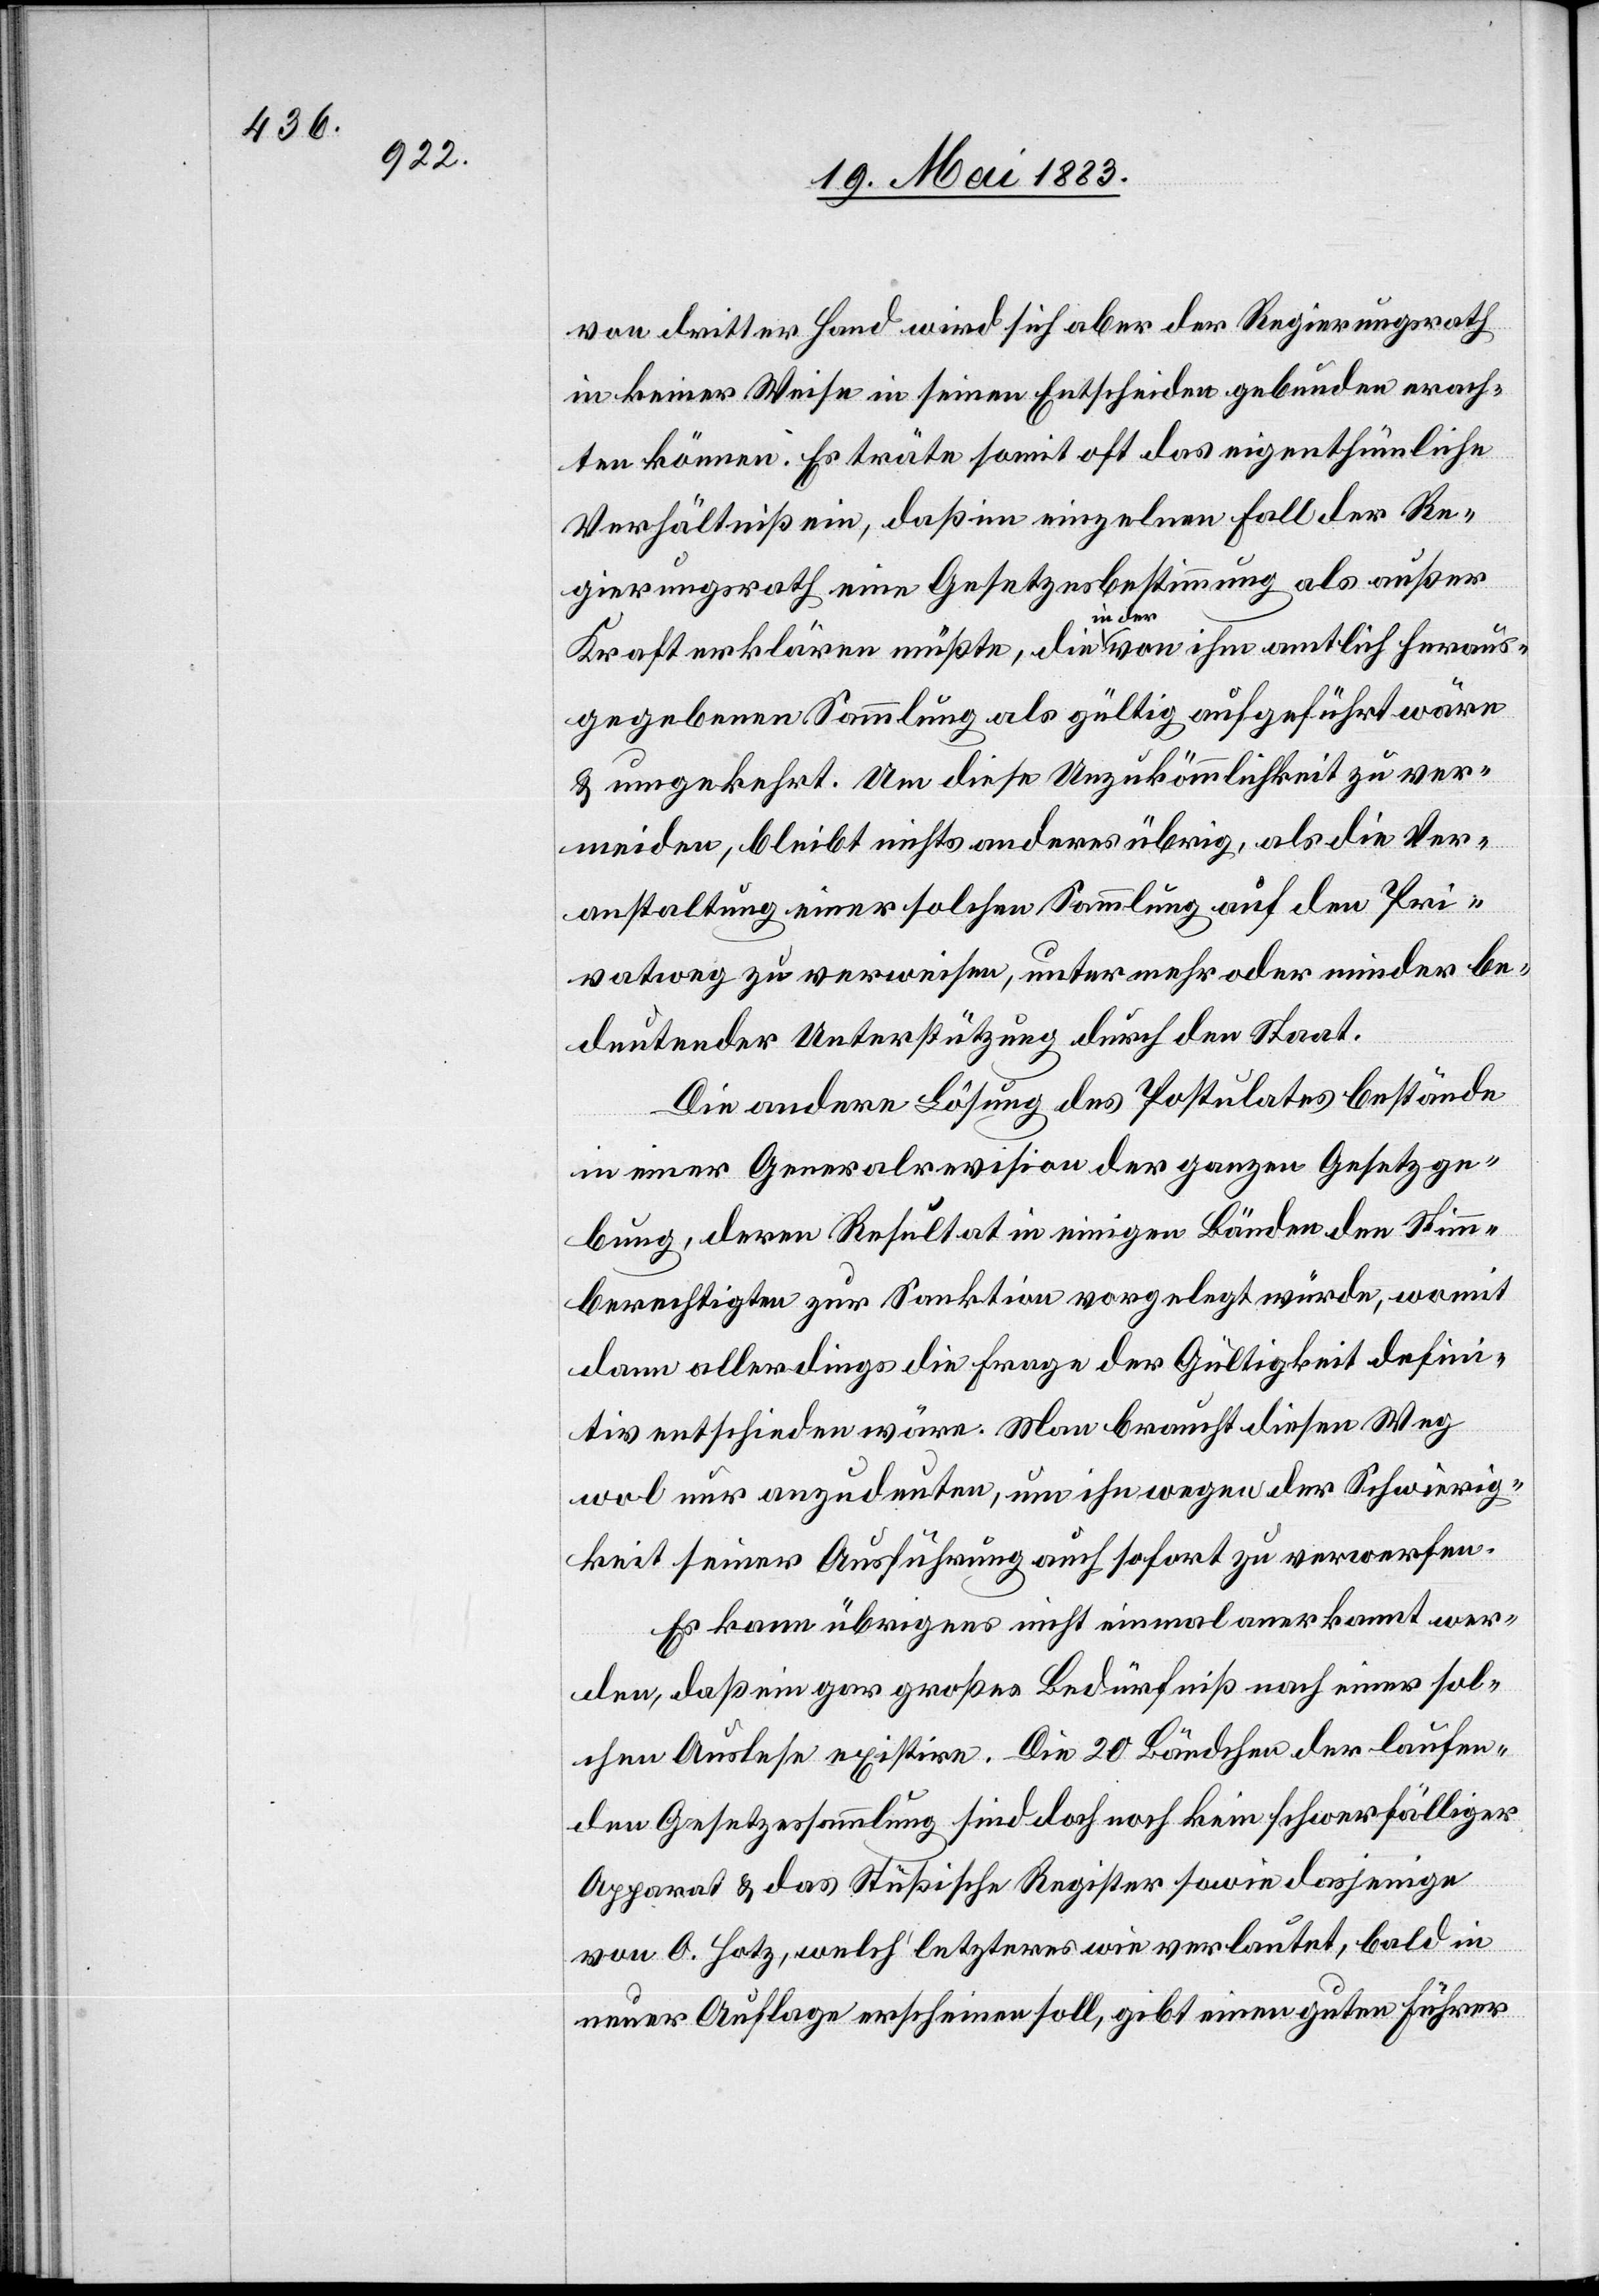
von dritter Hand wird sich aber der Regierungsrath
in keiner Weise in seinen Entscheiden gebunden erach¬
ten können. Es träte somit oft das eigenthümliche
Verhältniß ein, daß im einzelnen Fall der Re¬
gierungsrath eine Gesetzesbestimmung als außer
Kraft erklären müßte, die in der von ihm amtlich heraus¬
gegebenen Sammlung als gültig aufgeführt wäre
& umgekehrt. Um diese Unzukömmlichkeit zu ver¬
meiden, bleibt nichts anderes übrig, als die Ver¬
anstaltung einer solchen Sammlung auf dem Pri¬
vatweg zu verweisen, unter mehr oder minder be¬
deutender Unterstützung durch den Staat.
Die andere Lösung des Postulates bestände
in einer Generalrevision der ganzen Gesetzge¬
bung, deren Resultat in einigen Bänden den Stimm¬
berechtigten zur Sanktion vorgelegt würde, womit
dann allerdings die Frage der Gültigkeit defini¬
tiv entschieden wäre. Man braucht diesen Weg
wol nur anzudeuten, um ihn wegen der Schwierig¬
keit seiner Ausführung auch sofort zu verwerfen.
Es kann übrigens nicht einmal anerkannt wer¬
den, daß ein gar großes Bedürfniß nach einer sol¬
chen Auslese existire. Die 20 Bändchen der laufen¬
den Gesetzessammlung sind doch noch kein schwerfälliger
Apparat & das Stüßische Register sowie dasjenige
von O. Hotz, welch’ letzteres wie verlautet, bald in
neuer Auflage erscheinen soll, gibt einen guten Führer